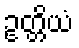
ဥတ္တိယံ